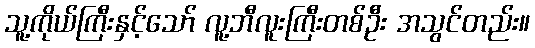
သူ့ကိုယ်ကြီးနှင့်သော် လူ့ဘီလူးကြီးတစ်ဦး အသွင်တည်း။